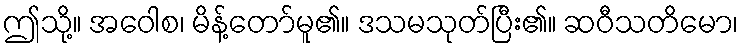
ဤသို့။ အဝေါစ၊ မိန့်တော်မူ၏။ ဒသမသုတ်ပြီး၏။ ဆဝီသတိမော၊